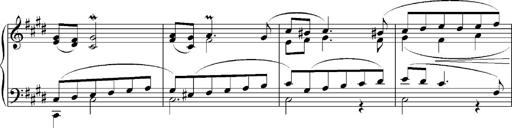
Title: Sonatina No.5
Composer: Otto Stoll
Key: F-sharp minor